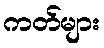
ကတ်များ